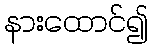
နားထောင်၍